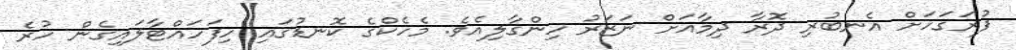
ފުރަގަހަށް އެނބުރި ދޮރާ ދިމާއަށް ނަޒަރު ހިންގާލިއެވެ. މެހެކްގެ ކޮނޑުގައި ހިފަހައްޓާލައިގެން ހުރެ